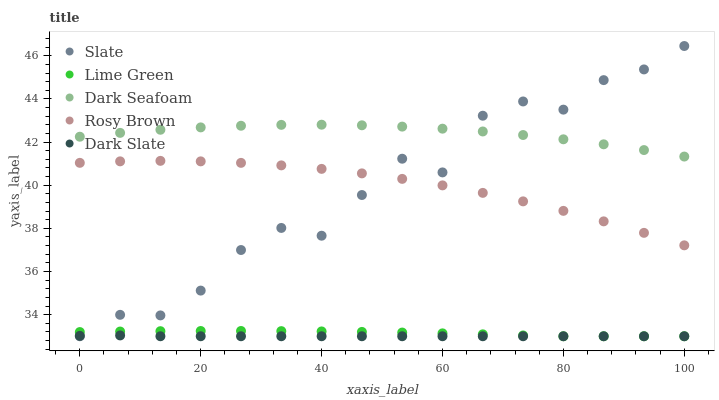
| xaxis_label | Slate | Lime Green | Dark Seafoam | Rosy Brown | Dark Slate |
 | --- | --- | --- | --- | --- | --- |
 | 0 | 33 | 33.2 | 42.2 | 41 | 33 |
 | 6.67 | 34 | 33.2 | 42.4 | 41.1 | 33 |
 | 13.3 | 34 | 33.2 | 42.6 | 41.1 | 33 |
 | 20 | 35.1 | 33.2 | 42.7 | 41.1 | 33 |
 | 26.7 | 37 | 33.2 | 42.8 | 41 | 33 |
 | 33.3 | 38 | 33.2 | 42.8 | 40.9 | 33 |
 | 40 | 37.7 | 33.2 | 42.8 | 40.8 | 33 |
 | 46.7 | 39.5 | 33.2 | 42.8 | 40.5 | 33 |
 | 53.3 | 41.2 | 33.2 | 42.7 | 40.3 | 33 |
 | 60 | 40.6 | 33.1 | 42.6 | 40 | 33 |
 | 66.7 | 43.2 | 33.1 | 42.5 | 39.6 | 33 |
 | 73.3 | 43.9 | 33 | 42.3 | 39.3 | 33 |
 | 80 | 43.5 | 33 | 42.1 | 38.8 | 33 |
 | 86.7 | 44.9 | 33 | 41.9 | 38.3 | 33 |
 | 93.3 | 45.4 | 33 | 41.6 | 37.8 | 33 |
 | 100 | 46.5 | 33 | 41.3 | 37.2 | 33 |